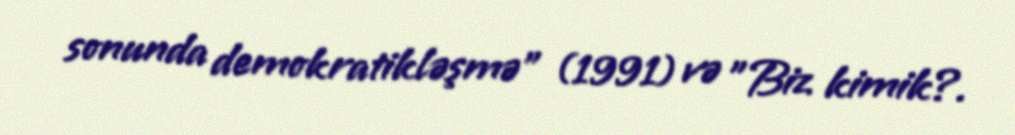
sonunda demokratikləşmə" (1991) və "Biz kimik?.